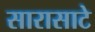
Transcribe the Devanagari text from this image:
सारासाटे